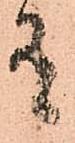
有